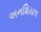
અનશિયલ